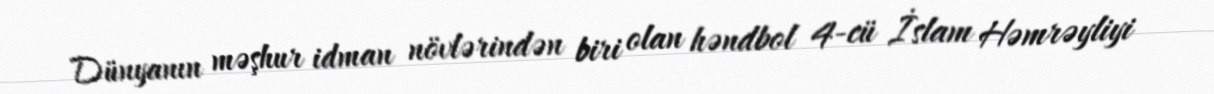
Dünyanın məşhur idman növlərindən biri olan həndbol 4-cü İslam Həmrəyliyi